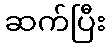
ဆက်ပြီး